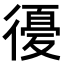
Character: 𢕶